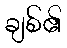
ချစ်၏